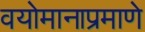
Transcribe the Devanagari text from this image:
वयोमानाप्रमाणे